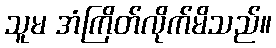
သူမ အံကြိတ်လိုက်မိသည်။